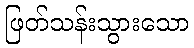
ဖြတ်သန်းသွားသော